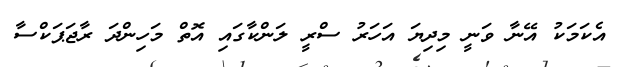
އެކަމަކު އޭނާ ވަނީ މިދިޔަ އަހަރު ސްރީ ލަންކާގައި އޮތް މަހިންދަ ރާޖަޕަކްސާ